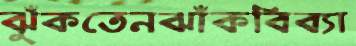
ঝুঁকতেনঝাঁকবিব্যা